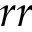
r r